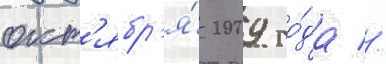
окт'ябр'я́ 2009 го́да //